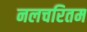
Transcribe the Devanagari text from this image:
नलचरितम